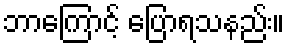
ဘာကြောင့် ပြောရသနည်း။